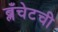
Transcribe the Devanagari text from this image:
ब्लँचेटची